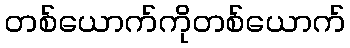
တစ်ယောက်ကိုတစ်ယောက်